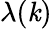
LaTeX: \lambda(\mathit{k})